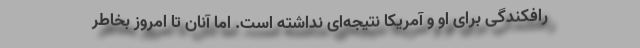
رافکندگی برای او و آمریکا نتیجه‌ای نداشته است. اما آنان تا امروز بخاطر